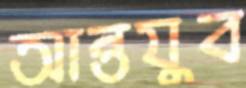
আন্তযুব